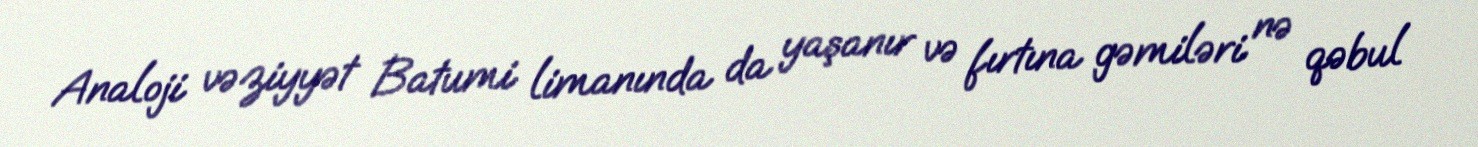
Analoji vəziyyət Batumi limanında da yaşanır və fırtına gəmiləri nə qəbul